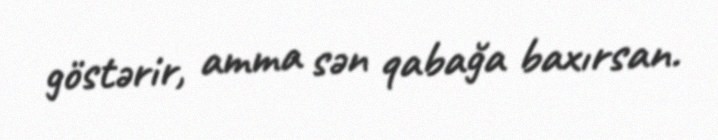
göstərir, amma sən qabağa baxırsan.